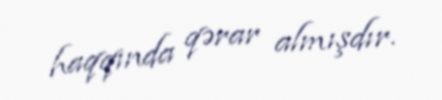
haqqında qərar almışdır.